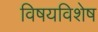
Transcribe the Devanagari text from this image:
विषयविशेष